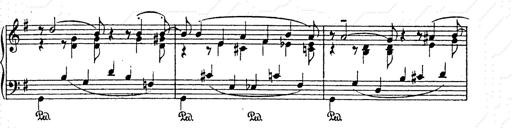
Title: AnnÃ©es de pÃ¨lerinage II
Composer: Franz Liszt